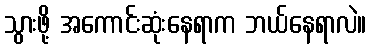
သွားဖို့ အကောင်းဆုံးနေရာက ဘယ်နေရာလဲ။